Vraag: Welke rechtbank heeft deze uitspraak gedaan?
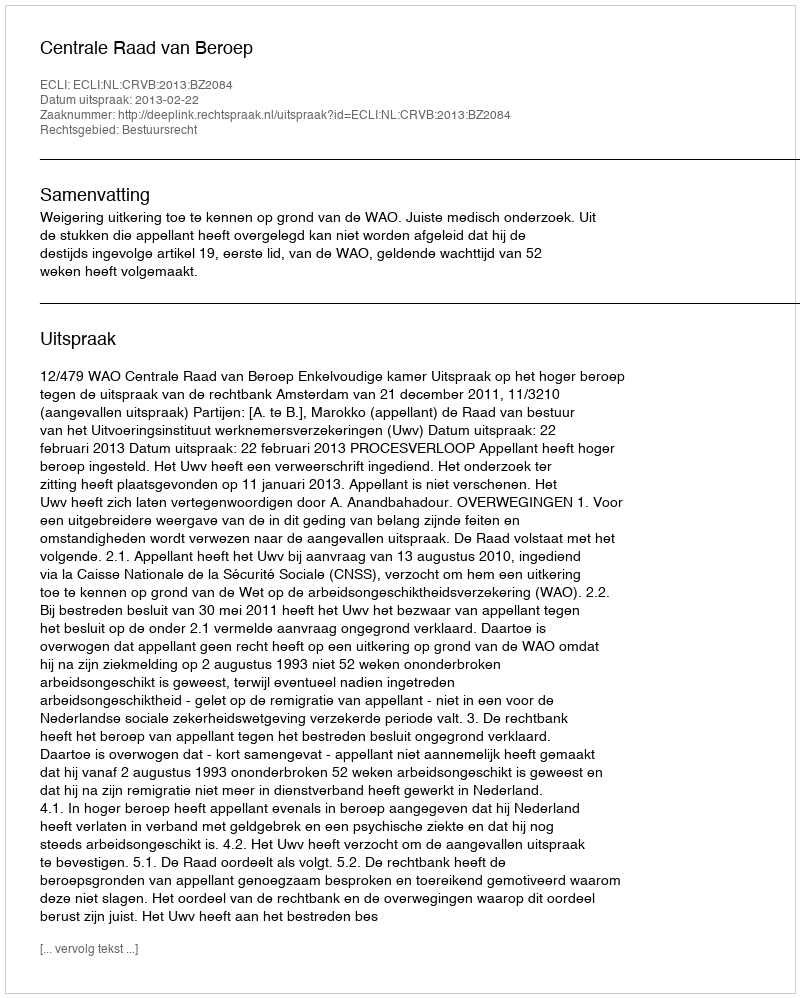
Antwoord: Centrale Raad van Beroep